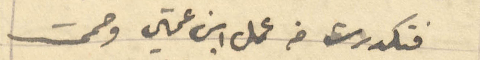
فتكدرت من عمل ابن عتي وصممت